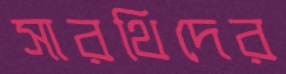
সারথিদের